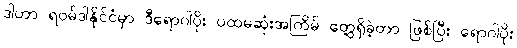
ဒါဟာ ရဝမ်ဒါနိုင်ငံမှာ ဒီရောဂါပိုး ပထမဆုံးအကြိမ် တွေ့ရှိခဲ့တာ ဖြစ်ပြီး ရောဂါပိုး